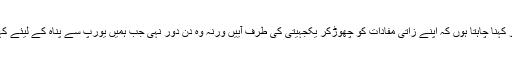
میں ان تمام مسیحوں کو کہنا چاہتا ہوں کہ اپنے زاتی مفادات کو چھوڑکر یکجہیتی کی طرف آییں ورنہ وہ دن دور نہی جب ہمیں یورپ سے پناہ کے لیئے کہیں اور بھاگنا پڑے گا۔